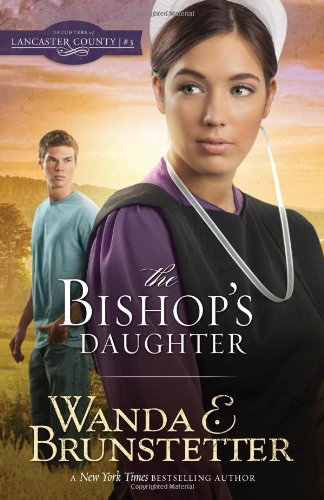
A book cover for The Bishop's Daughter (DAUGHTERS OF LANCASTER COUNTY); Wanda E. Brunstetter; Christian Books & Bibles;